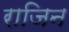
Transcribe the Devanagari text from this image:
राजिन